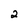
Character: 2